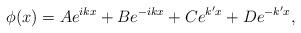
LaTeX: \begin{align*}\phi(x) = Ae^{ikx}+Be^{-ikx}+Ce^{k'x}+De^{-k'x}, \end{align*}